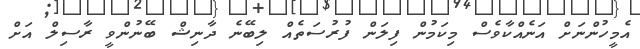
އެމީހުންނަށް އަނެއްކާވެސް މިކަމުން ފިލަން ފުރުސަތެއް ލިބޭނެ ދާނިޝް ބޭނުންވީ ރާސިލް އަށް